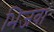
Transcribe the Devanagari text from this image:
भिजवां